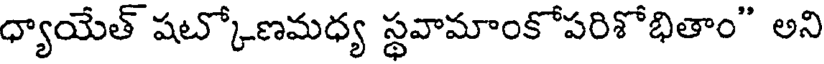
ధ్యాయేత్ షట్కోణమధ్య స్థవామాంకోపరిశోభితాం" అని